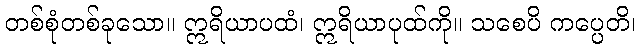
တစ်စုံတစ်ခုသော။ ဣရိယာပထံ၊ ဣရိယာပုထ်ကို။ သစေပိ ကပ္ပေတိ၊